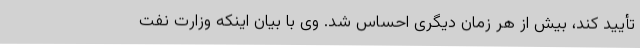
تأیید کند، بیش از هر زمان دیگری احساس شد. وی با بیان اینکه وزارت نفت